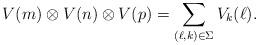
LaTeX: \begin{gather*}V(m)\otimes V(n)\otimes V(p)=\sum_{(\ell,k)\in \Sigma} V_k(\ell).\end{gather*}